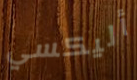
أليكسي